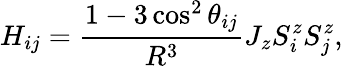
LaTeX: H_{ij}=\frac{1-3\cos^{2}\theta_{ij}}{R^{3}}J_{z}S_{i}^{z}S_{j}^{z},